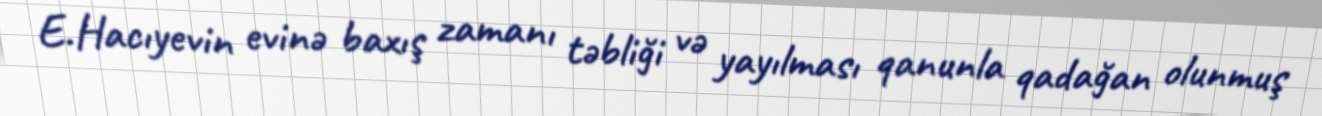
E.Hacıyevin evinə baxış zamanı təbliği və yayılması qanunla qadağan olunmuş